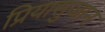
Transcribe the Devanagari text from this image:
प्रियासुजान